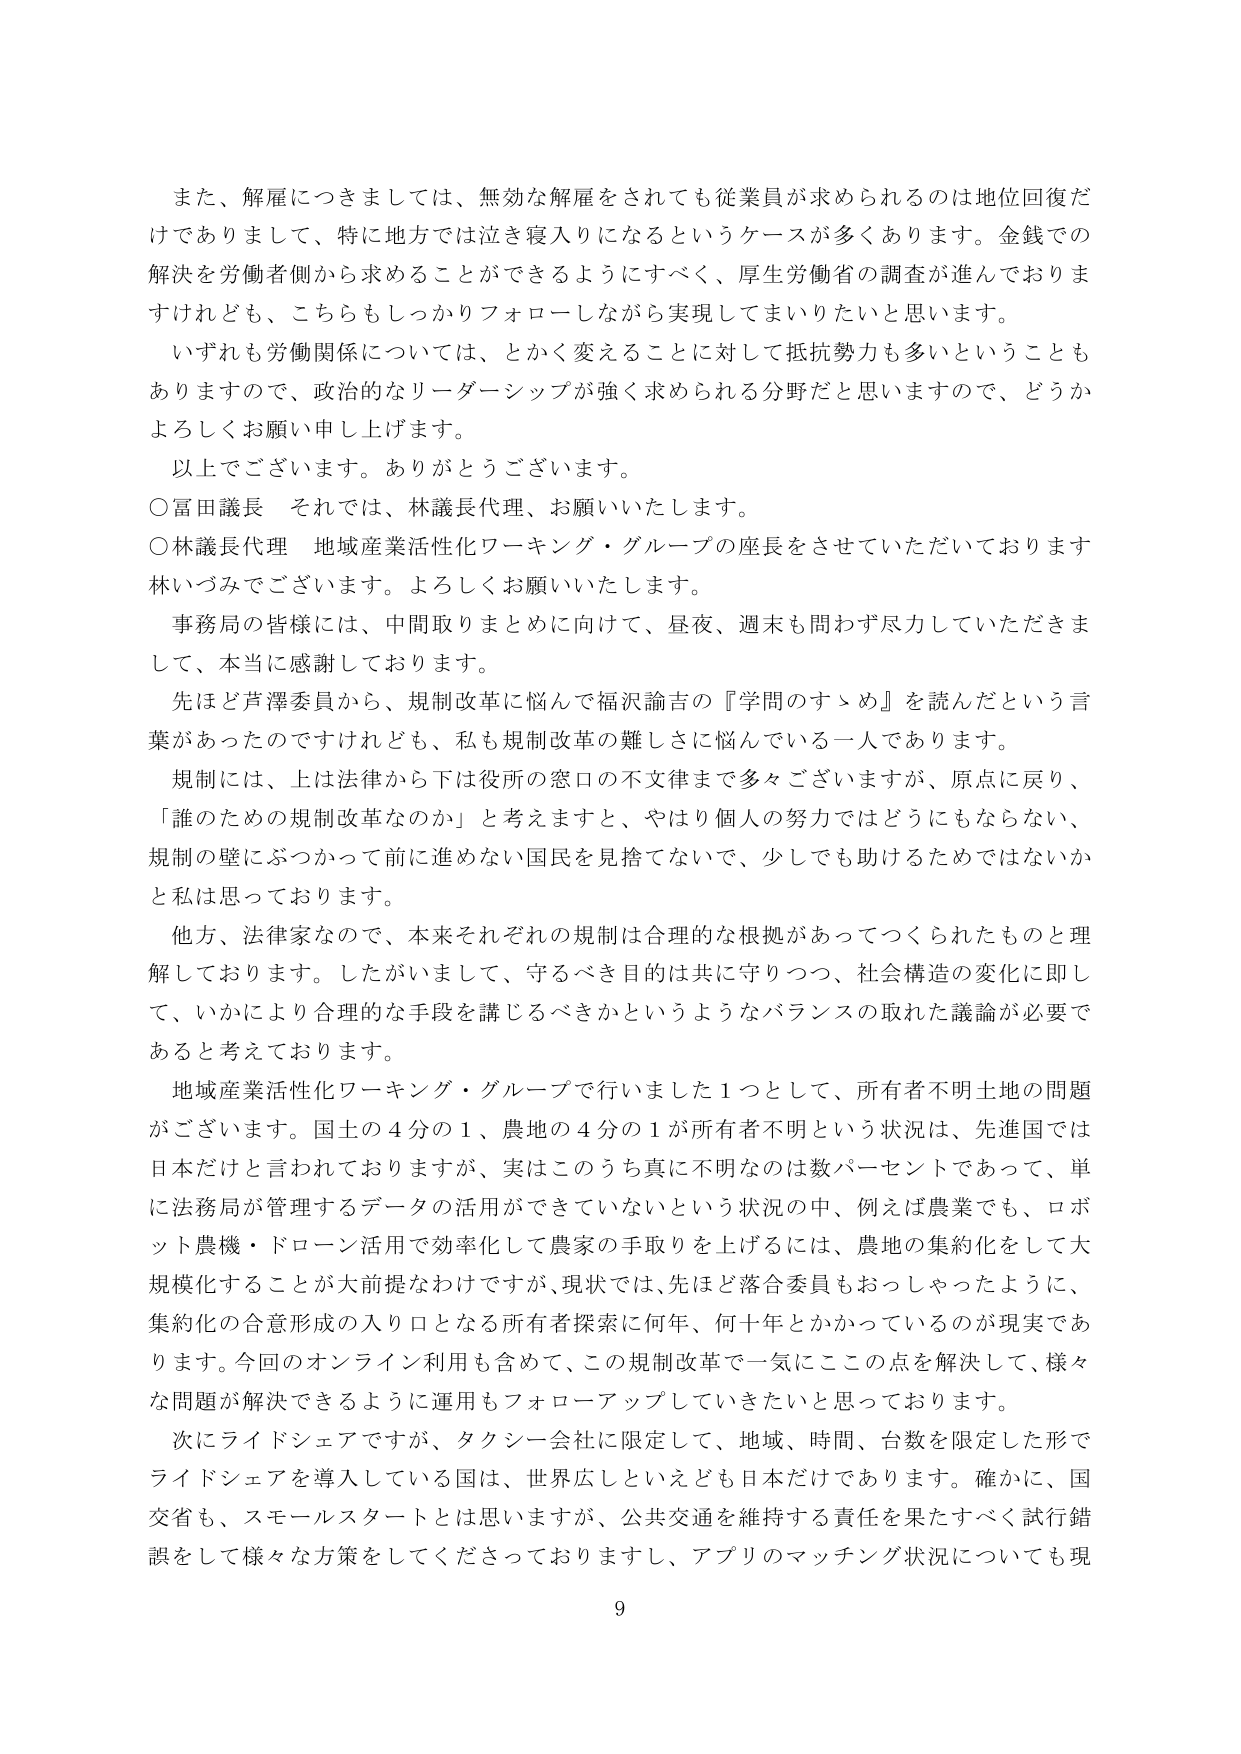
また、解雇につきましては、無効な解雇をされても従業員が求められるのは地位回復だけでありまして、特に地方では泣き寝入りになるというケースが多くあります。金銭での解決を労働者側から求めることができるようにすべく、厚生労働省の調査が進んでおりますけれども、こちらもしっかりフォローしながら実現してまいりたいと思います。

いずれも労働関係については、とかく変えることに対して抵抗勢力も多いということもありますので、政治的なリーダーシップが強く求められる分野だと思いますので、どうかよろしくお願い申し上げます。

以上でございます。ありがとうございます。

○富田議長　それでは、林議長代理、お願いいたします。

○林議長代理　地域産業活性化ワーキング・グループの座長をさせていただいております林いづみでございます。よろしくお願いいたします。

事務局の皆様には、中間取りまとめに向けて、昼夜、週末も問わず尽力していただきまして、本当に感謝しております。

先ほど芦澤委員から、規制改革に悩んで福沢諭吉の『学問のすゝめ』を読んだという言葉があったのですけれども、私も規制改革の難しさに悩んでいる一人であります。

規制には、上は法律から下は役所の窓口の不文律まで多くございますが、原点に戻り、「誰のための規制改革なのか」と考えますと、やはり個人の努力ではどうにもならない、規制の壁にぶつかって前に進めない国民を見捨てないで、少しでも助けるためではないかと私は思っております。

他方、法律家なので、本来それぞれの規制は合理的な根拠があってつくられたものと理解しております。したがいまして、守るべき目的は共に守りつつ、社会構造の変化に即して、いかにより合理的な手段を講じるべきかというようなバランスの取れた議論が必要であると考えております。

地域産業活性化ワーキング・グループで行いました1つとして、所有者不明土地の問題がございます。国土の4分の1、農地の4分の1が所有者不明という状況は、先進国では日本だけと言われておりますが、実はこのうち真に不明なのは数パーセントであって、単に法務局が管理するデータの活用ができていないという状況の中、例えば農業でも、ロボット農機・ドローン活用で効率化して農家の手取りを上げるには、農地の集約化をして大規模化することが大前提なわけですが、現状では、先ほど落合委員もおっしゃったように、集約化の合意形成の入り口となる所有者探索に何年、何十年とかかっているのが現実であります。今回のオンライン利用も含めて、この規制改革で一気にこの点を解決して、様々な問題が解決できるように運用もフォローアップしていきたいと思っております。

次にライドシェアですが、タクシー会社に限定して、地域、時間、台数を限定した形でライドシェアを導入している国は、世界広しといえども日本だけであります。確かに、国交省も、スモールスタートとは思いますが、公共交通を維持する責任を果たすべく試行錯誤をして様々な方策をしてくださっておりますし、アプリのマッチング状況についても現

9